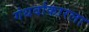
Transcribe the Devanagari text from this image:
गंधर्वाकारला